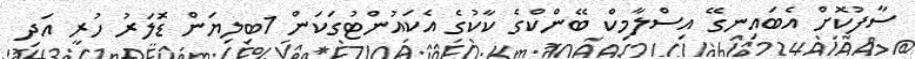
ސާފުކޮށް އެބައިނގޭ އިސްލާމިކް ބޭންކްގެ ކާކުގެ އެކައުންޓުގަކަން 1ބިލިޔަން ޑޮަލަރު ހުރީ އަދި